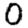
Digit: 0